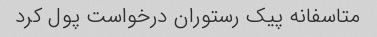
متاسفانه پیک رستوران درخواست پول کرد